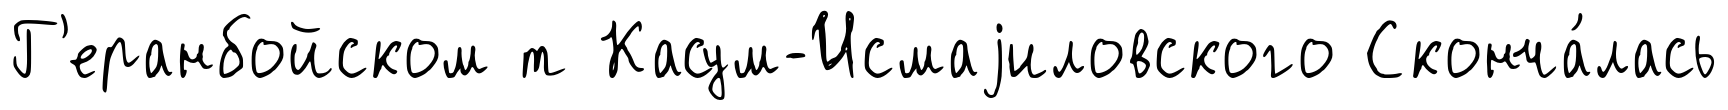
Г'еранбойском т Касум-Исмаjиловского Сконча́лась